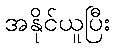
အနိုင်ယူပြီး